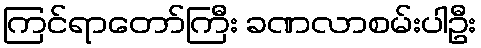
ကြင်ရာတော်ကြီး ခဏလာစမ်းပါဦး